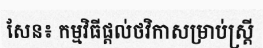
សែន៖ កម្មវិធីផ្តល់ថវិកាសម្រាប់ស្ត្រី